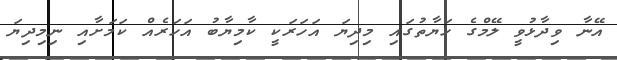
އޭނާ ވިދާޅުވީ ލޭމްގެ ހަޔާތުގައި މިދިޔަ އަހަރަކީ ކާމިޔާބު އަހަރެއް ކަމަށާއި ނިމިދިޔަ